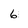
Character: 6